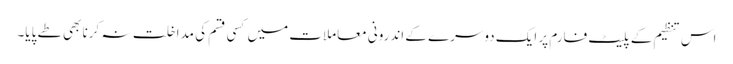
اس تنظیم کے پلیٹ فارم پر ایک دوسرے کے اندرونی معاملات میں کسی قسم کی مداخلت نہ کرنا بھی طے پایا۔